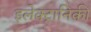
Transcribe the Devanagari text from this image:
इलेक्‍ट्रानिकी